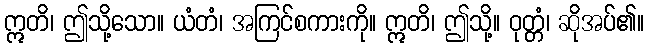
ဣတိ၊ ဤသို့သော။ ယံတံ၊ အကြင်စကားကို။ ဣတိ၊ ဤသို့။ ဝုတ္တံ၊ ဆိုအပ်၏။